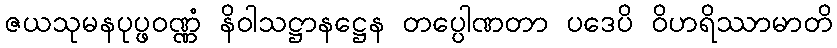
ဇယသုမနပုပ္ဖဝဏ္ဏံ နိဝါသဋ္ဌာနဋ္ဌေန တပ္ပေါဏတာ ပဒေပိ ဝိဟရိဿာမာတိ